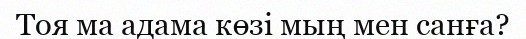
Тоя ма адама көзі мың мен санға?